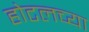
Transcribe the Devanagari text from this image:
होटलच्या